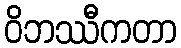
ဝိဘဿီကတာ